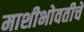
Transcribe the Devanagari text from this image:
माशीभोवतीचे